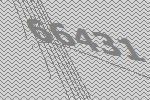
66431